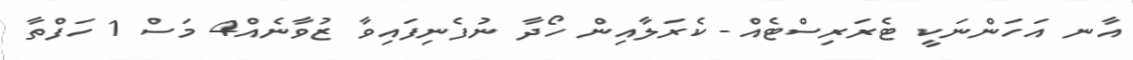
އާނ އަހަންނަކީ ޓެރަރިސްޓެއް- ކެރަލާއިން ހޯދާ ނުފެނިފައިވާ ޒުވާނެއް4 މަސް 1 ހަފްތާ